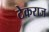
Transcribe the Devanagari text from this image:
टेकराज